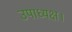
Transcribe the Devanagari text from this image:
उपाध्यक्ष।